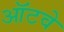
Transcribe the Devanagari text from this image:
ऑटवे